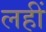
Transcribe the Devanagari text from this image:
लहीं